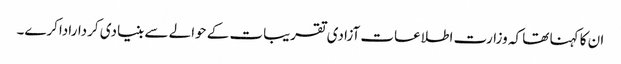
ان کا کہنا تھا کہ وزارت اطلاعات آزادی تقریبات کے حوالے سے بنیادی کرداراداکرے۔